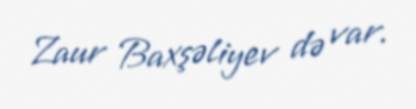
Zaur Baxşəliyev də var.